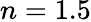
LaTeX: \textit{n}=1.5